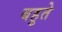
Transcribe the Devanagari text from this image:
बहुते